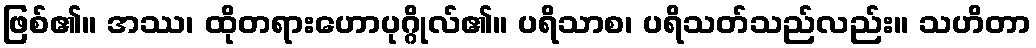
ဖြစ်၏။ အဿ၊ ထိုတရားဟောပုဂ္ဂိုလ်၏။ ပရိသာစ၊ ပရိသတ်သည်လည်း။ သဟိတာ